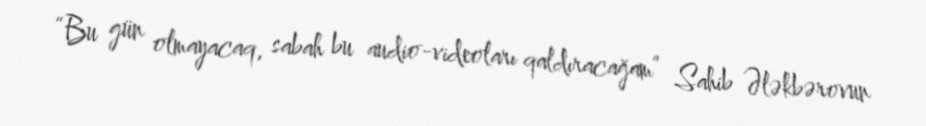
“Bu gün olmayacaq, sabah bu audio-videoları qaldıracağam” Sahib Ələkbərovun